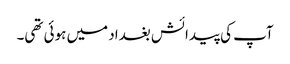
آپ کی پیدائش بغداد میں ہوئی تھی۔